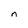
Character: n